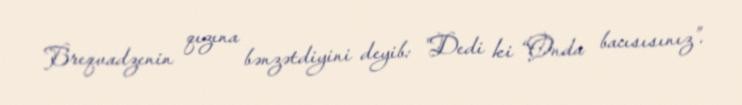
Breqvadzenin qızına bənzətdiyini deyib: "Dedi ki “Onda bacısısınız”.